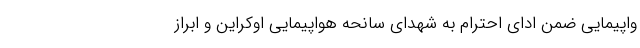
واپیمایی ضمن ادای احترام به شهدای سانحه هواپیمایی اوکراین و ابراز